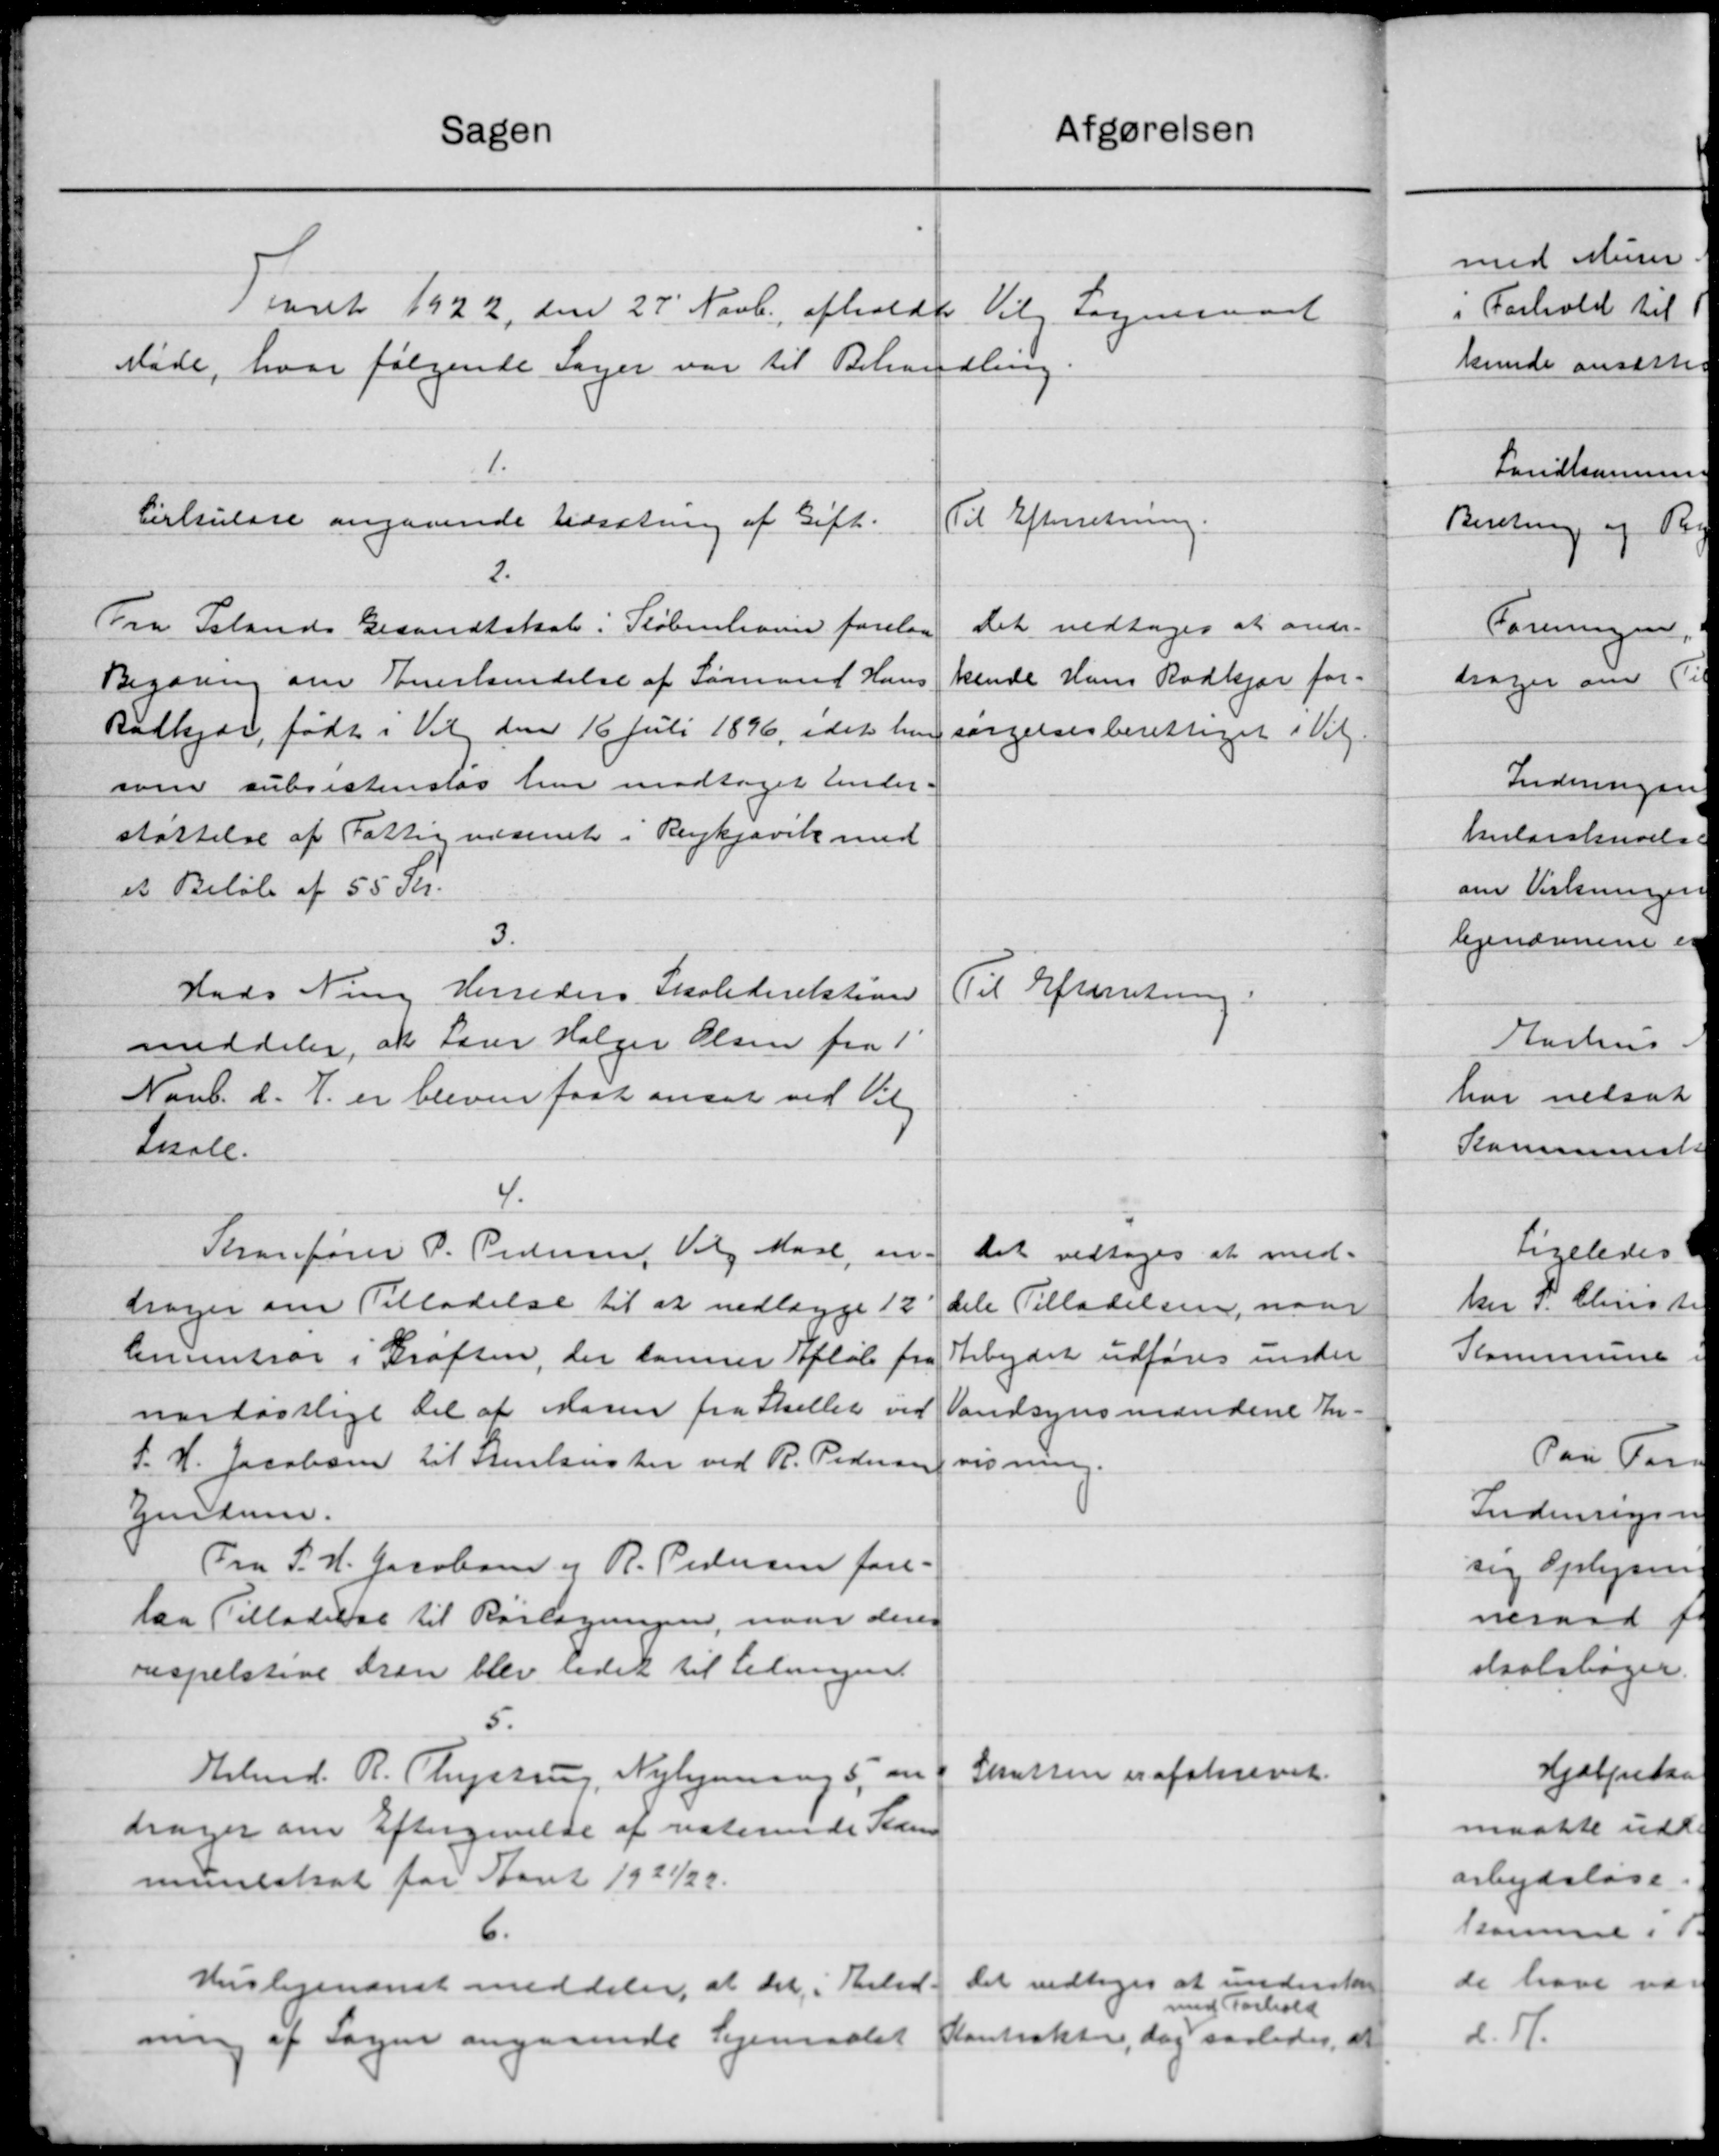
Transskription:
afgørelsen
Sagen
i Aaret 1922 den 27' Novb. afholdt Vilg Sogneraad
Møde, hvor følgende Sager var til Behandling.
1.
Cirkulære angaaende Udsætning af Gift.
Til Efterretning.
2.
Fra Islands Gesandtskab i København forelaa
Det vedtoges at andr.
kende Hans Rødkjær for-
Begæring om Anerkendelse af Sømand Hans
Radkjær, født i Valg den 16 Juli 1896, idet han
sørgelsesberettiget i Vil-
som subsistenstes her modtaget Under-
støttelse af Fattigvæsenet i Reykjavik med
et Beløb af 55 Kr.
3.
Hads Ning Herreders Skoledirektion
Til Efterretning.
meddeler, at Lærer Holger Olsen fra 1
Novb. d. A. er bleven fast ansat ved Valg
Ikale.
4.
Thanfører P. Pedersen, Valg Mart, an-
Det vedtoges at med-
dele Tilladelsen, naar
tager om Tilladelse til at nedlægge 12
Arbejdet udføres under
limentrør i Grøften, der lanner Afløb fra
nardøstlige del af Maren fra Skellet ved
Vandsynsmændene An-
S. H. Jacobsen til Stenlester ved R. Pedersen
visning.
Eendum.
Fra S. H. Jacobsen og R. Pedersen fore-
laa Tilladelse til Rørlægningen, naar deres
inspektive kan blev ladet til Ledningent
5.
Skatten er afskrevet.
Arbmd. R. Thystrup, Nyhjemmes, om
drager om Eftergivelse af noterende Tiden
muneskat for Aaret 1921/22.
6.
Det vedtoges at underskre
Huslejenævnet meddeler, at det i Anled-
med Forhold
Kontrakter, dog saaledes, at
ning af Sagen angaaende Sejemaalet